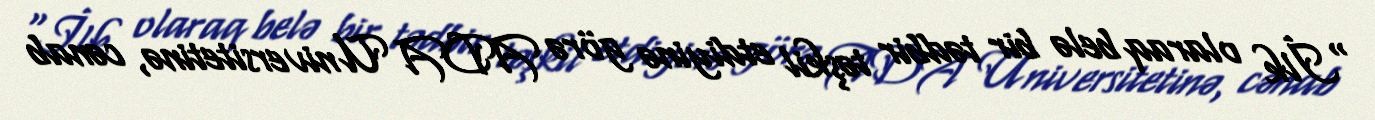
“İlk olaraq belə bir tədbir təşkil etdiyinə görə ADA Universitetinə, cənab